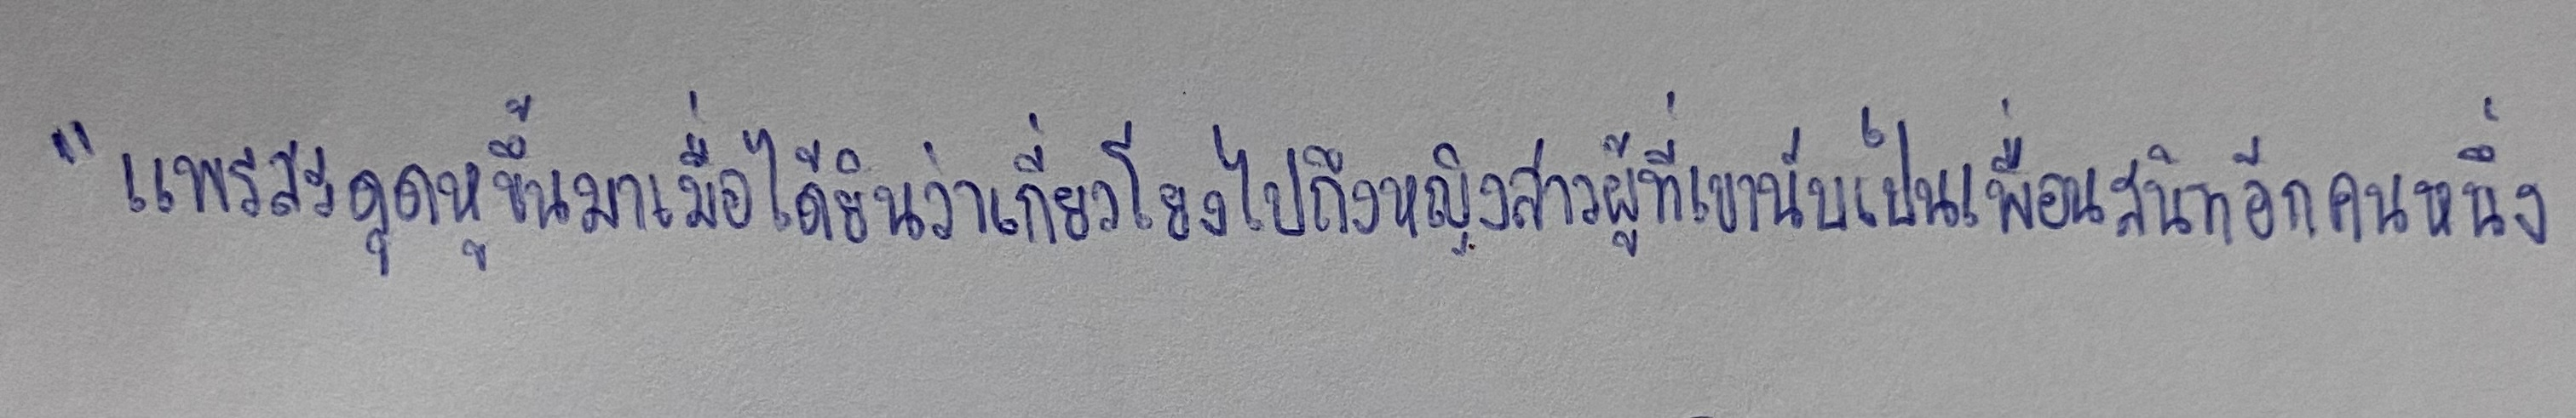
"แพรสะดุดหูขึ้นมาเมื่อได้ยินว่าเกี่ยวโยงไปถึงหญิงสาวผู้ที่เขานับเป็นเพื่อนสนิทอีกคนหนึ่ง